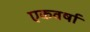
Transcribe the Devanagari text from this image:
एकवर्षा